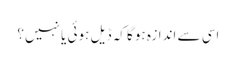
اسی سے اندازہ ہوگا کہ ڈیل ہوئی یا نہیں؟